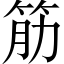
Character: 筋